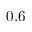
0 . 6